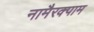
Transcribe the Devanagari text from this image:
नामैरक्पाम